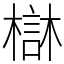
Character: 㯎